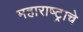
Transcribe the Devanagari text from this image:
महाराष्‍ट्राचे